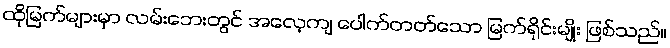
ထိုမြက်များမှာ လမ်းဘေးတွင် အလေ့ကျ ပေါက်တတ်သော မြက်ရိုင်းမျိုး ဖြစ်သည်။